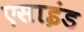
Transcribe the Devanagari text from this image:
एसाइंड